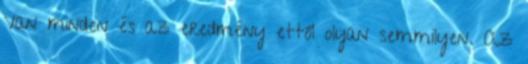
Van minden és az eredmény ettől olyan semmilyen. Az